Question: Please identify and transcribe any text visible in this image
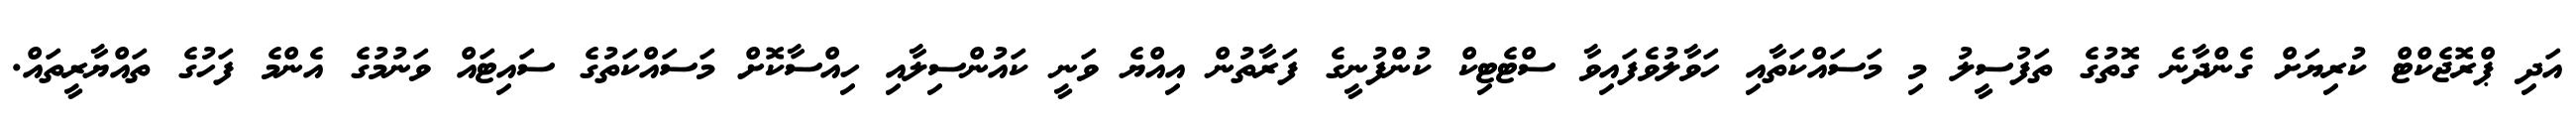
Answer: އަދި ޕްރޮޖެކްޓް ކުރިޔަށް ގެންދާނެ ގޮތުގެ ތަފުސީލު މި މަސައްކަތާއި ހަވާލުވެފައިވާ ސްޓެޓިކް ކުންފުނީގެ ފަރާތުން އިއްޔެ ވަނީ ކައުންސިލާއި ހިއްސާކޮށް މަސައްކަތުގެ ސައިޓައް ވަނުމުގެ އެންމެ ފަހުގެ ތައްޔާރީތައް.